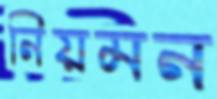
নিয়মন